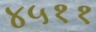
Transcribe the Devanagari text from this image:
४५११